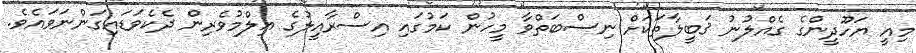
މިއީ ޔަހޫދީންގެ ގެއްލުނު ޤަބީލާތަކަށް ނިސްބަތްވާ މީހުން ކަމުގައި އިސްރާއީލުގެ ޢިލްމުވެރިން ދެކެވަޑައިގަންނަވައެވެ.